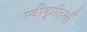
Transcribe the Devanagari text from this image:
स्वीकृतियाँ